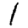
Digit: 1